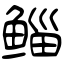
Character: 鲻